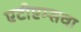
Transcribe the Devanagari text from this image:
एटीएम्सचा